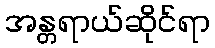
အန္တရာယ်ဆိုင်ရာ